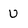
Character: U